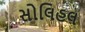
સોલિહલ